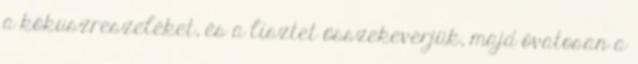
a kókuszreszeléket, és a lisztet összekeverjük, majd óvatosan a